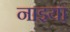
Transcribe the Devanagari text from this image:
नाइया